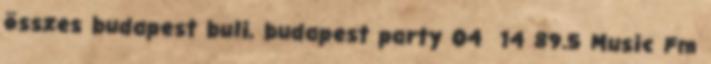
összes budapest buli, budapest party 04 14 89.5 Music Fm